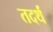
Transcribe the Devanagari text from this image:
तदर्थं